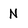
Character: N